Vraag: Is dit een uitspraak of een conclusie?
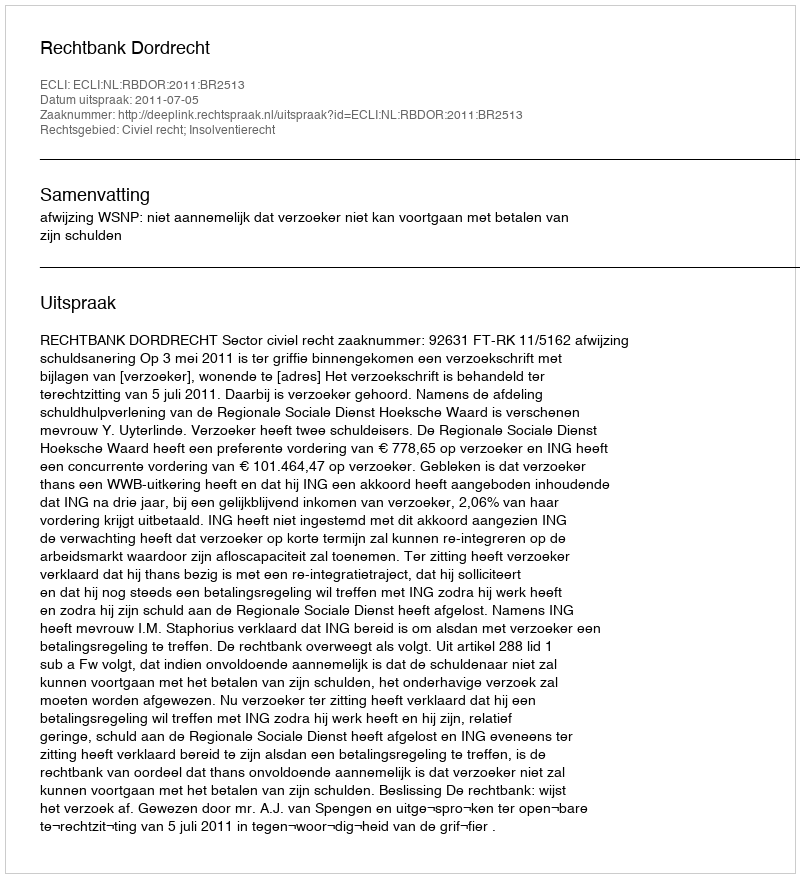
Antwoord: Uitspraak